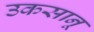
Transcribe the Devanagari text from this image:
उकसानू